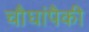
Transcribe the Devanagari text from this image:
चौघांपैकी